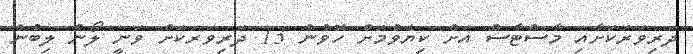
ދަރިވަރަކަށާއި މާސްޓާސް އަށް ކިޔެވުމަށް ހޮވުނު 13 ދަރިވަރަކަށް ވަނީ ލޯން ލިބުނު